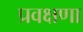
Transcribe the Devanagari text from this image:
प्रवक्षणा